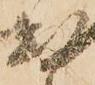
被